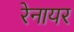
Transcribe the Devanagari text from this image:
रेनायर